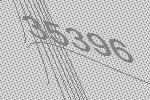
35396